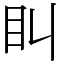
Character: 𥃧